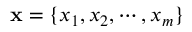
\mathbf { x } = \{ x _ { 1 } , x _ { 2 } , \cdots , x _ { m } \}